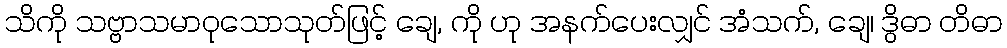
သိကို သဗ္ဗာသမာဝုသောသုတ်ဖြင့် ချေ, ကို ဟု အနက်ပေးလျှင် အံသက်, ချေ၊ ဒွိဓာ တိဓာ